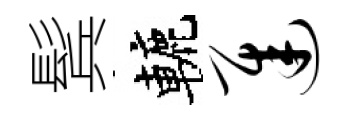
鬂轆迟